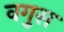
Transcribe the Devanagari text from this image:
वगुस